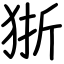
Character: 狾